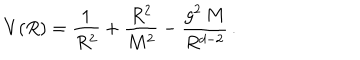
V ( R ) = \frac { 1 } { R ^ { 2 } } + \frac { R ^ { 2 } } { M ^ { 2 } } - \frac { g ^ { 2 } \, M } { R ^ { d - 2 } } \, .